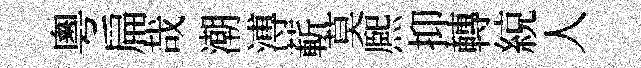
粵扁哉潮溥蔪莫熈抑轉綂人